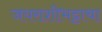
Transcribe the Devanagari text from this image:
जयराशीभट्टाचा